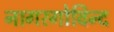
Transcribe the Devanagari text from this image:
नागरगोविन्द